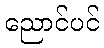
ညောင်ပင်